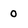
Character: O